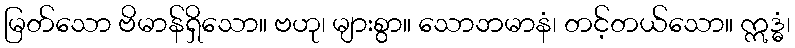
မြတ်သော ဗိမာန်ရှိသော။ ဗဟု၊ များစွာ။ သောဘမာနံ၊ တင့်တယ်သော။ ဣဒ္ဓံ၊